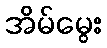
အိမ်မွေး